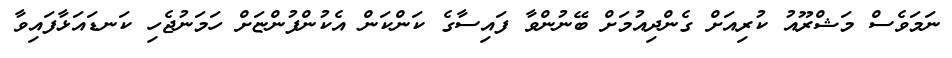
ނަމަވެސް މަޝްރޫއު ކުރިއަށް ގެންދިއުމަށް ބޭނުންވާ ފައިސާގެ ކަންކަން އެކުންފުންޏަށް ހަމަނުޖެހި ކަނޑައަޅާފައިވާ